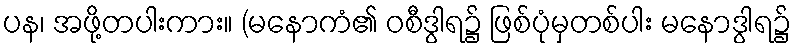
ပန၊ အဖို့တပါးကား။ (မနောကံ၏ ဝစီဒွါရ၌ ဖြစ်ပုံမှတစ်ပါး မနောဒွါရ၌